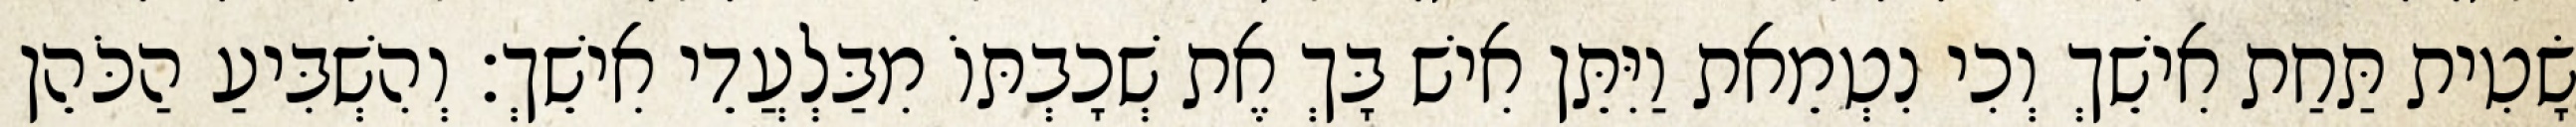
שָׂטִית תַּחַת אִישֵׁךְ וְכִי נִטְמֵאת וַיִּתֵּן אִישׁ בָּךְ אֶת שְׁכָבְתּוֹ מִבַּלְעֲדֵי אִישֵׁךְ׃ וְהִשְׁבִּיעַ הַכֹּהֵן